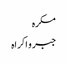
مکرہ
جبر و اکراہ